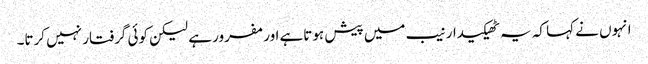
انہوں نے کہا کہ یہ ٹھیکیدار نیب میں پیش ہوتاہے اور مفرور ہے لیکن کوئی گرفتار نہیں کرتا۔